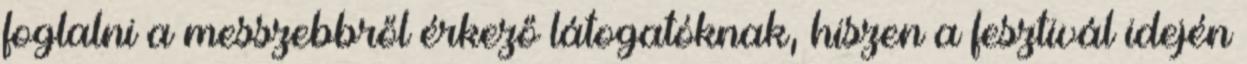
foglalni a messzebbről érkező látogatóknak, hiszen a fesztivál idején